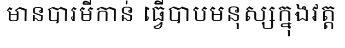
មានបារមីកាន់ ធ្វើបាបមនុស្សក្នុងវត្ត